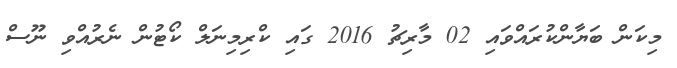
މިކަން ބަޔާންކުރައްވައި 02 މާރިޗު 2016 ގައި ކްރިމިނަލް ކޯޓުން ނެރުއްވި ނޫސް